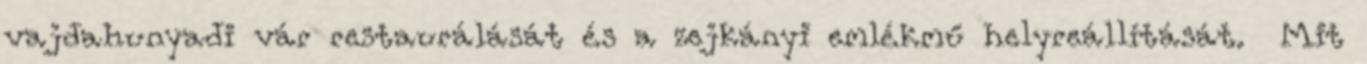
vajdahunyadi vár restaurálását és a zejkányi emlékmű helyreállítását. Mit